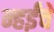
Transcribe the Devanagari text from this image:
न्हईंचे